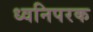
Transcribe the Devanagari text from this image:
ध्वनिपरक